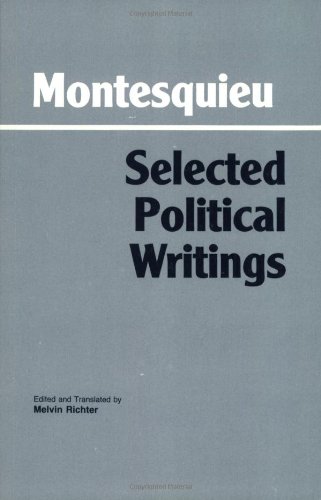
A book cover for Montesquieu: Selected Political Writings (Hackett Classics); Charles de Secondat (baron de Montesquieu); Politics & Social Sciences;